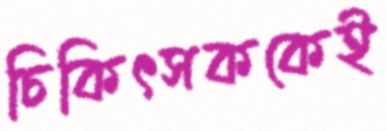
চিকিৎসককেই